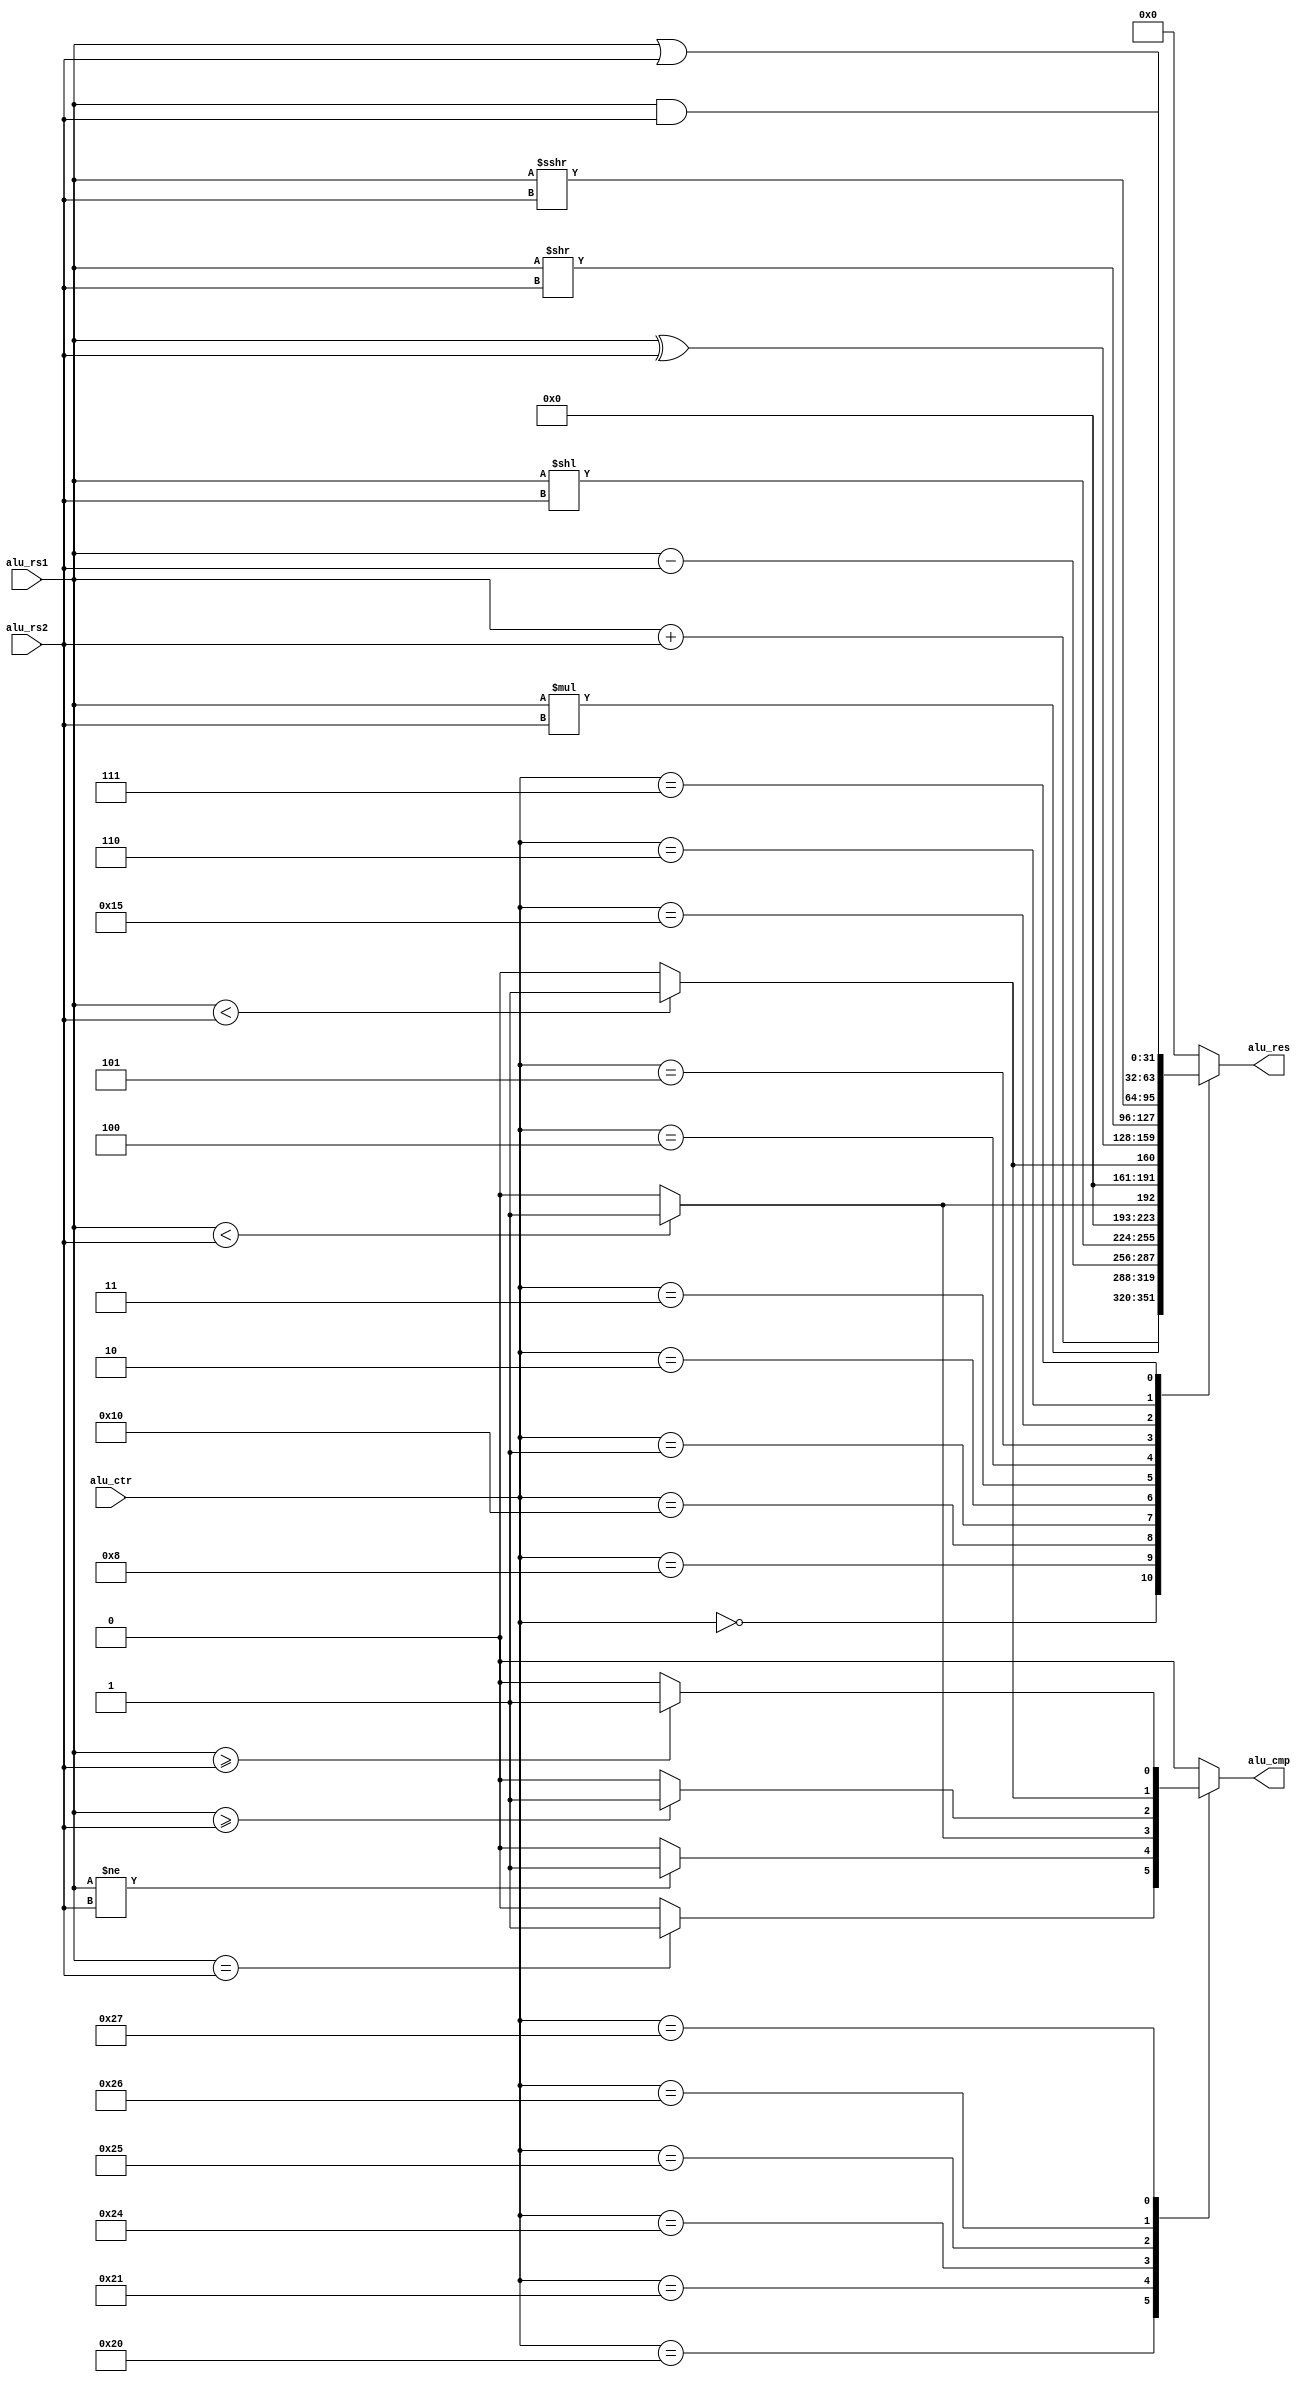
`timescale 1ns / 1ps
//////////////////////////////////////////////////////////////////////////////////
// Company: 
// Engineer: 
// 
// Design Name: 
// Module Name: alu
// Project Name: 
// Target Devices: 
// Tool Versions: 
// Description: 
// 
// Dependencies: 
// 
// Revision:
// Revision 0.01 - File Created
// Additional Comments:
// 
//////////////////////////////////////////////////////////////////////////////////
/*
control code encoding
bit 5: 1-branch 0-non-branch
branch: 6 possibities bit 2 to bit 0
BEQ-000, BNE-001, BLT-100, BGE-101, BLTU-110, BGEU-111
non-branch: bit 2 to bit 0
ADD/SUB-000, SLL-001, SLT-010, SLTU-011, XOR-100, SRL/SRA-101, OR-110, AND-111
bit 4: ADD/SRL-0, SUB/SRA-1
bit 3: mul
*/
`define ALU_ADD  6'b000000
`define ALU_MUL  6'b001000
`define ALU_SUB  6'b010000
`define ALU_SLL  6'b000001
`define ALU_SLT  6'b000010
`define ALU_SLTU 6'b000011
`define ALU_XOR  6'b000100
`define ALU_SRL  6'b000101
`define ALU_SRA  6'b010101
`define ALU_OR   6'b000110
`define ALU_AND  6'b000111
`define ALU_BEQ  6'b100000
`define ALU_BNE  6'b100001
`define ALU_BLT  6'b100100
`define ALU_BGE  6'b100101
`define ALU_BLTU 6'b100110
`define ALU_BGEU 6'b100111

module alu(
    input       [5:0]  alu_ctr,
    input       [31:0] alu_rs1,
    input       [31:0] alu_rs2,
    output reg  [31:0] alu_res,
    output reg         alu_cmp
    );
    
    always @ (alu_ctr, alu_rs1, alu_rs2) begin
        alu_res = 32'd0; 
        alu_cmp = 1'b0;
        case (alu_ctr)
            `ALU_ADD : alu_res = $signed(alu_rs1) + $signed(alu_rs2);
            `ALU_MUL : alu_res = $signed(alu_rs1) * $signed(alu_rs2);   //needed to be imroved
            `ALU_SUB : alu_res = $signed(alu_rs1) - $signed(alu_rs2);
            `ALU_SLL : alu_res = alu_rs1 << alu_rs2;
            `ALU_SLT : alu_res = ($signed(alu_rs1) < $signed(alu_rs2))     ? 32'd1 : 32'd0;
            `ALU_SLTU: alu_res = ($unsigned(alu_rs1) < $unsigned(alu_rs2)) ? 32'd1 : 32'd0;
            `ALU_XOR : alu_res = alu_rs1 ^ alu_rs2;
            `ALU_SRL : alu_res = alu_rs1 >> alu_rs2;
            `ALU_SRA : alu_res = $signed(alu_rs1) >>> alu_rs2;
            `ALU_OR  : alu_res = alu_rs1 | alu_rs2;
            `ALU_AND : alu_res = alu_rs1 & alu_rs2;
            `ALU_BEQ : alu_cmp = ($signed(alu_rs1) == $signed(alu_rs2))    ? 1 : 0;
            `ALU_BNE : alu_cmp = ($signed(alu_rs1) != $signed(alu_rs2))    ? 1 : 0;
            `ALU_BLT : alu_cmp = ($signed(alu_rs1) <  $signed(alu_rs2))    ? 1 : 0;
            `ALU_BGE : alu_cmp = ($signed(alu_rs1) >=  $signed(alu_rs2))   ? 1 : 0;
            `ALU_BLTU: alu_cmp = ($unsigned(alu_rs1) < $unsigned(alu_rs2)) ? 1 : 0;
            `ALU_BGEU: alu_cmp = ($unsigned(alu_rs1) >= $unsigned(alu_rs2)) ? 1 : 0;
             default : begin alu_res = 32'd0; alu_cmp = 1'b0; end
        endcase
    end
 endmodule